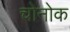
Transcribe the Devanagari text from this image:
चोनोक